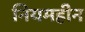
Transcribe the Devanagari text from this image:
नियमहीन